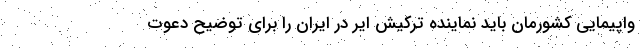
واپیمایی کشورمان باید نماینده ترکیش ایر در ایران را برای توضیح دعوت